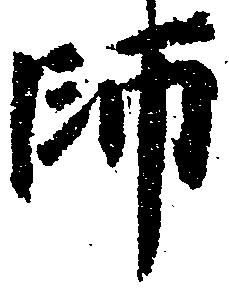
師